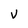
Character: V